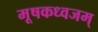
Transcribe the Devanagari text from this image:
मूषकध्वजम्